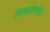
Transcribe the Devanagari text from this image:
निस्तलरॉय